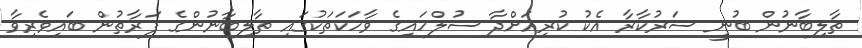
ތާލިބާނުން ބުނީ ސަރުކާރާ އެކު ކުރިއަށްދާ ސުލްހައިގެ ވާހަކަތަކުގައި ތާލިބާނުންގެ ފަރާތުން ބައިވެރިވާ